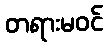
တရားမဝင်